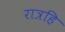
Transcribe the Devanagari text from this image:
रात्रहि